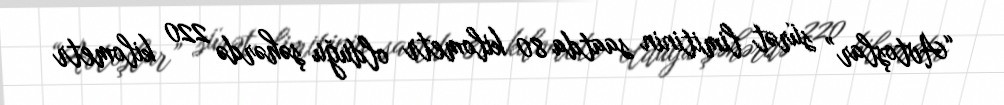
“Avtoşlar” sürət limitinin saatda 80 kilometr olduğu şəhərdə 220 kilometr